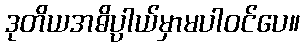
ဒုတိယအဓိပ္ပါယ်မှာမပါဝင်ပေ။